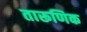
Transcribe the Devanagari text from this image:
तारूणिक